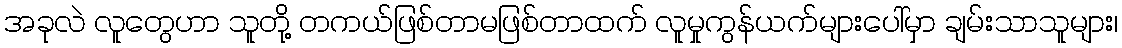
အခုလဲ လူတွေဟာ သူတို့ တကယ်ဖြစ်တာမဖြစ်တာထက် လူမှုကွန်ယက်များပေါ်မှာ ချမ်းသာသူများ၊